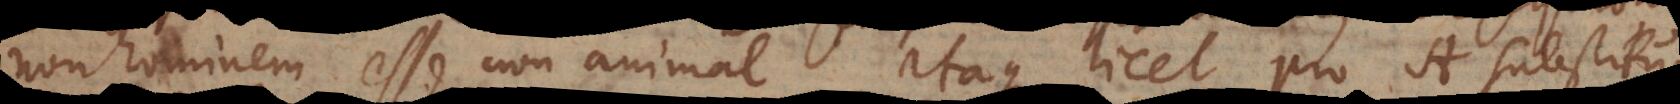
non hominem esse non animal. Itaque licet pro A substitui